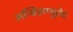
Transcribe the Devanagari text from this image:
अन्डिसप्युटेड